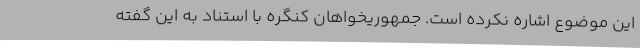
این موضوع اشاره نکرده است. جمهوریخواهان کنگره با استناد به این گفته